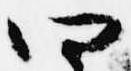
四